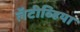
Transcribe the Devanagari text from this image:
लॅटीव्हिया